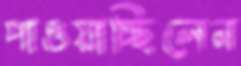
পাওয়াচ্ছিলেন